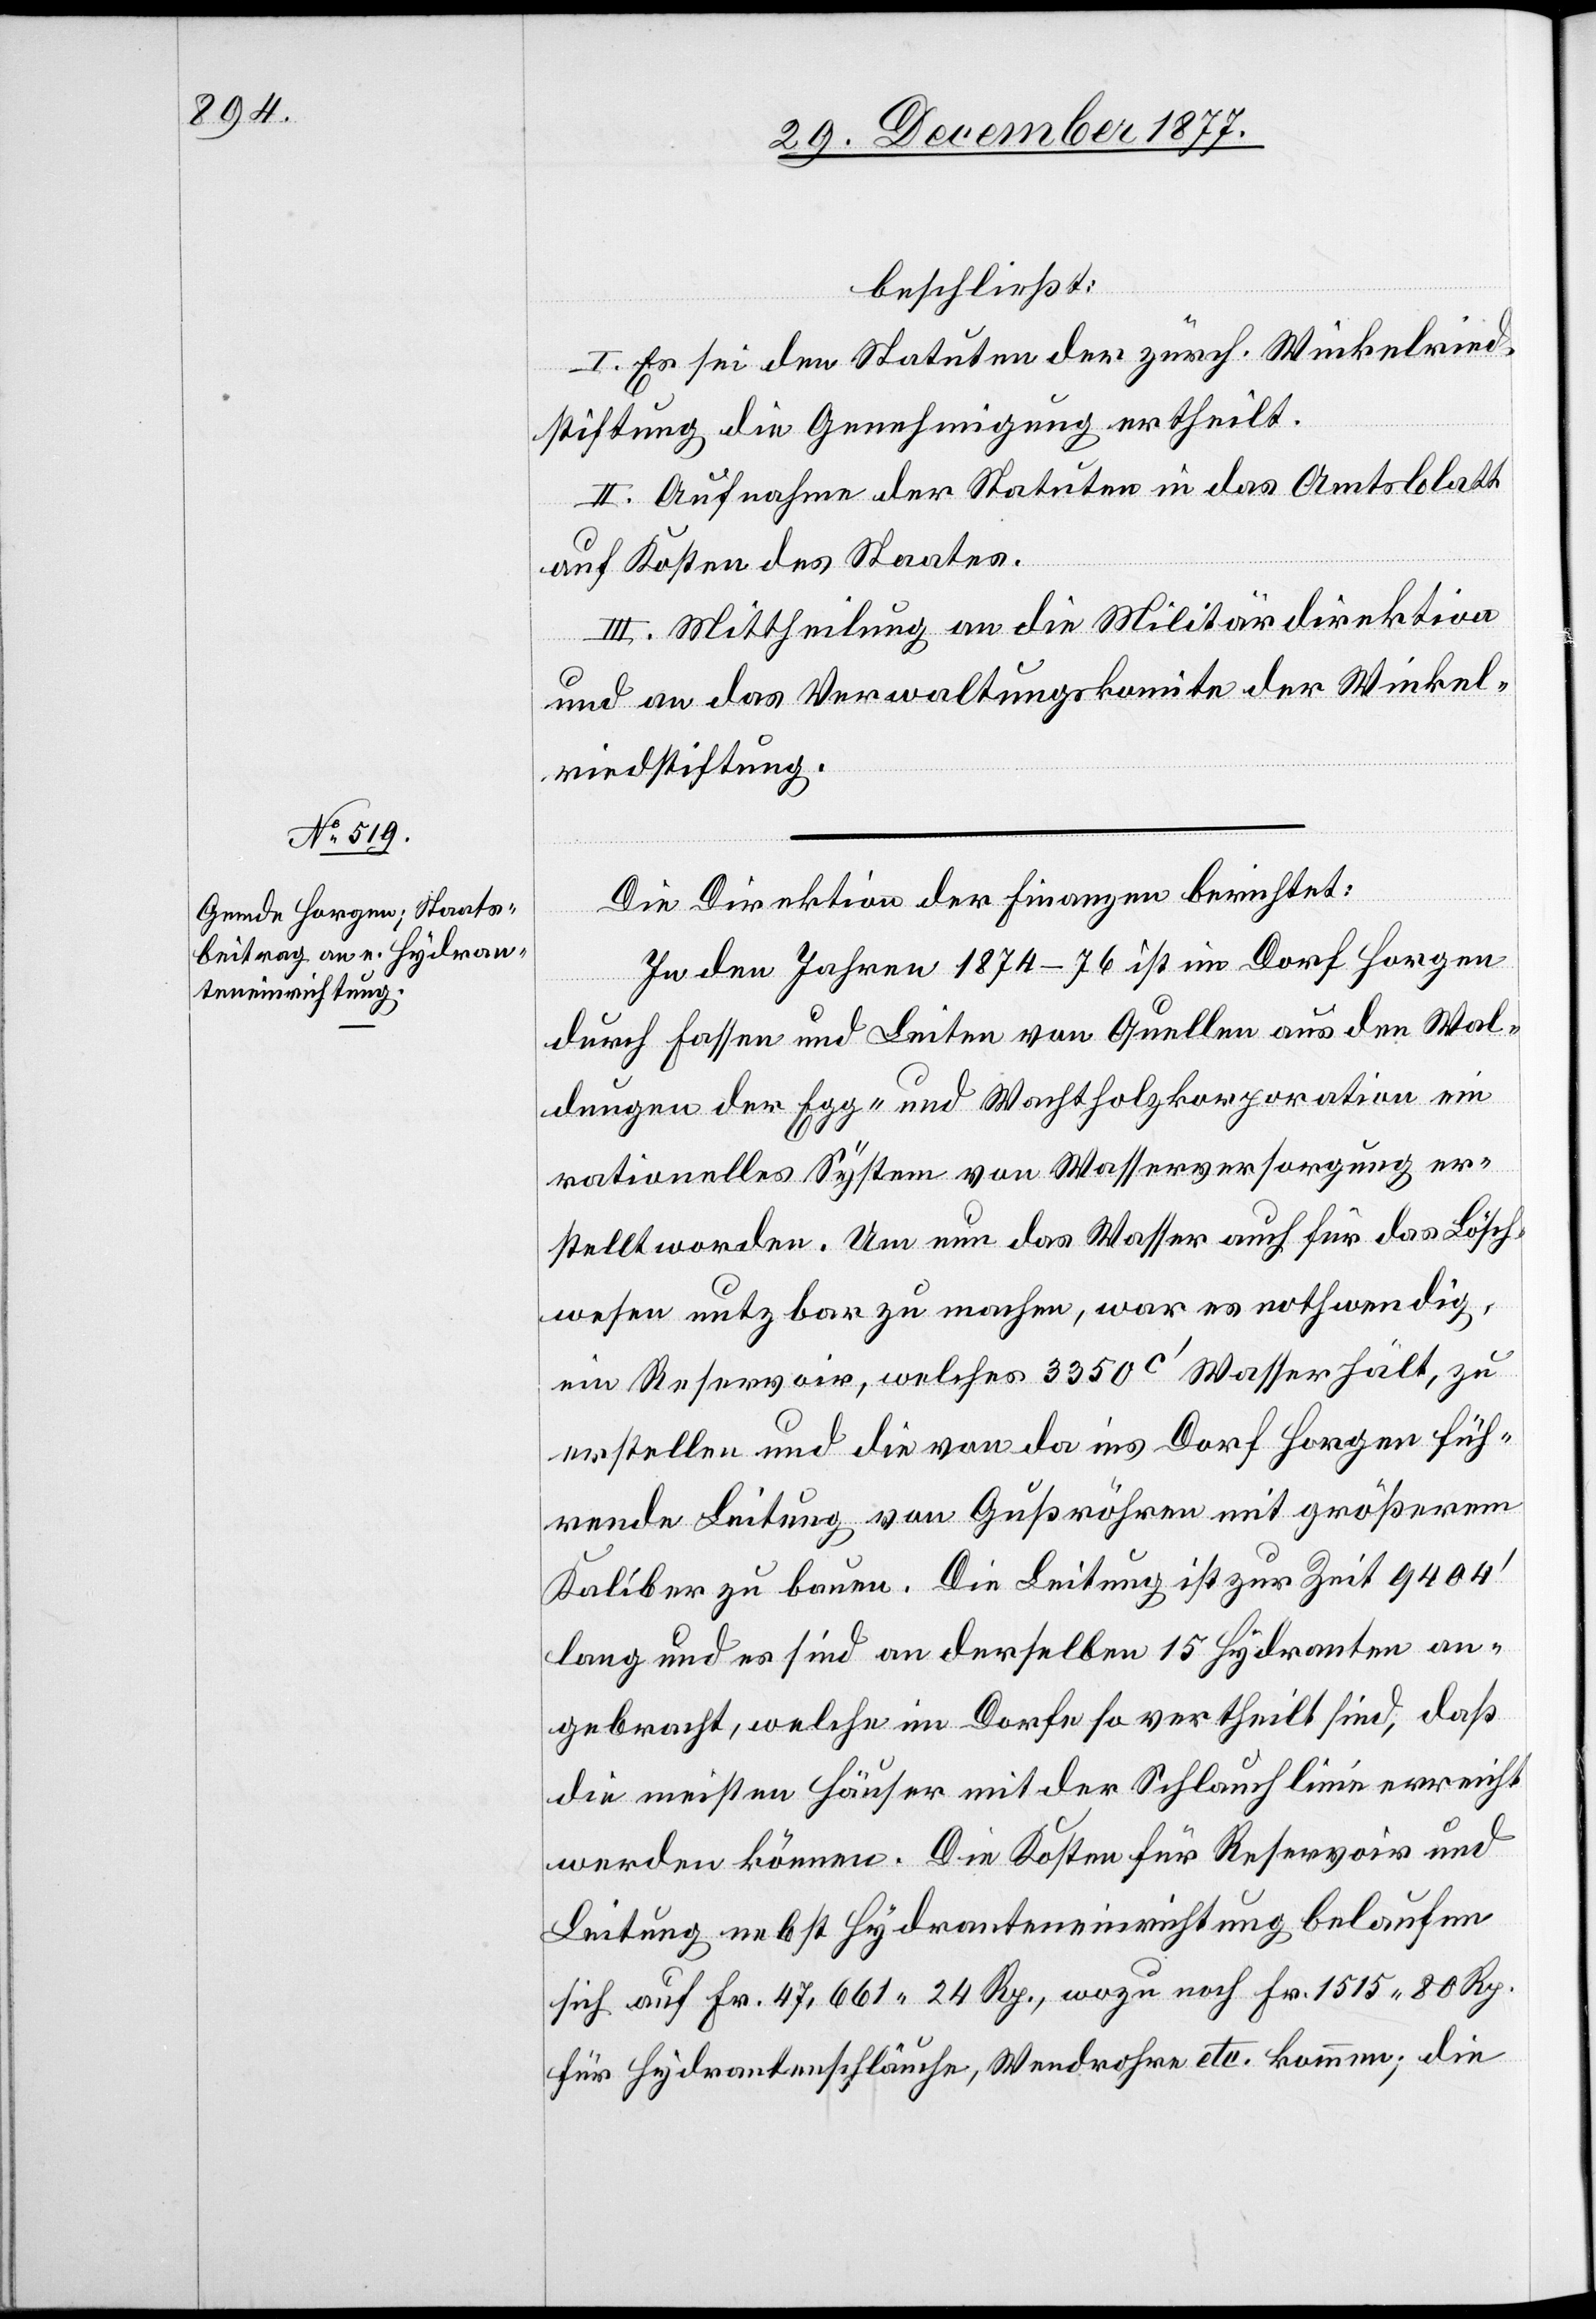
beschließt:
I. Es sei den Statuten der zürch. Winkelried¬
stiftung die Genehmigung ertheilt.
II. Aufnahme der Statuten in das Amtsblatt
auf Kosten des Staates.
III. Mittheilung an die Militärdirektion
und an das Verwaltungskomite der Winkel¬
riedstiftung.
Die Direktion der Finanzen berichtet:
In den Jahren 1874–76 ist im Dorf Horgen
durch Fassen und Leiten von Quellen aus den Wal¬
dungen der Egg- und Wachtholzkorporation ein
rationelles System von Wasserversorgung er¬
stellt worden. Um nun das Wasser auch für das Lösch¬
wesen nutzbar zu machen, war es nothwendig,
ein Reservoir, welches 3350C‘ Wasser hält, zu
erstellen und die von da ins Dorf Horgen füh¬
rende Leitung von Gußröhren mit größerem
Kaliber zu bauen. Die Leitung ist zur Zeit 9404‘
lang und es sind an derselben 15 Hydranten an¬
gebracht, welche im Dorfe so vertheilt sind, daß
die meisten Häuser mit der Schlauchlinie erreicht
werden können. Die Kosten für Reservoir und
Leitung nebst Hydranteneinrichtung belaufen
sich auf Fr. 47,661 24 Rp., wozu noch Fr. 1515 80 Rp.
für Hydrantenschläuche, Wendrohre etc. kommen; die